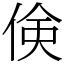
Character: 倹